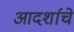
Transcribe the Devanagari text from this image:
आदर्शाचे